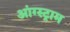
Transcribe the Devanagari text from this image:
आंग्स्ट्राम